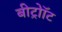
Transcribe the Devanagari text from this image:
बीट्रोॉट